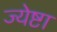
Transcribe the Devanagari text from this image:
ज्येष्टा